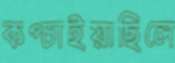
কপ্‌চাইয়াছিলে